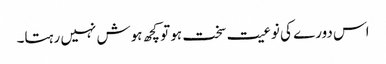
اس دورے کی نوعیت سخت ہو تو کچھ ہوش نہیں رہتا۔